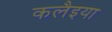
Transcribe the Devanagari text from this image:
कलैइया